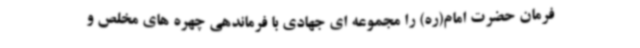
فرمان حضرت امام(ره) را مجموعه ای جهادی با فرماندهی چهره های مخلص و